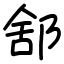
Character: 𨛭